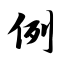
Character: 例